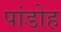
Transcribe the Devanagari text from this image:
पांडोह